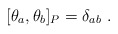
\begin{align*}[\theta_{a},\theta_{b}]_{P} = \delta_{ab} \ .\end{align*}